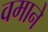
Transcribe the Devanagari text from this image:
वमाने